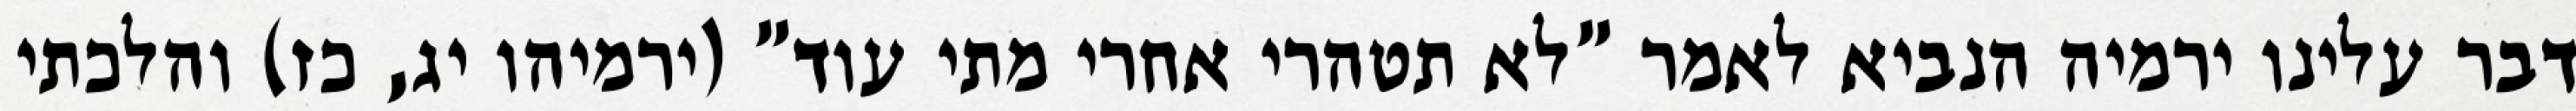
דבר עלינו ירמיה הנביא לאמר "לא תטהרי אחרי מתי עוד" (ירמיהו יג, כז) והלכתי